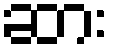
ဆား